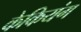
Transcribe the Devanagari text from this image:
केकियंग